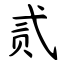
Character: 贰